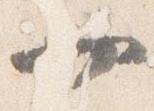
廿